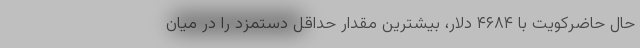
حال حاضرکویت با ۴۶۸۴ دلار، بیشترین مقدار حداقل دستمزد را در میان